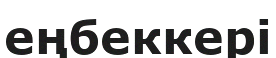
еңбеккері